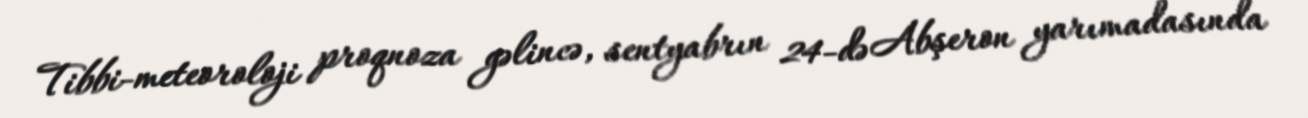
Tibbi-meteoroloji proqnoza gəlincə, sentyabrın 24-də Abşeron yarımadasında